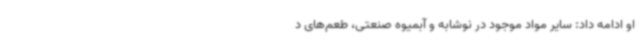
او ادامه داد: سایر مواد موجود در نوشابه و آبمیوه صنعتی، طعم‌های د